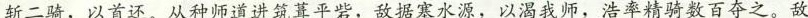
斩二骑，以首还。从种师道进筑葺平砦，敌据塞水源，以渴我师，浩率精骑数百夺之。敌